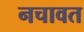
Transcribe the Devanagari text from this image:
नचावत